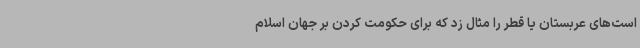
است‌های عربستان یا قطر را مثال زد که برای حکومت کردن بر جهان اسلام